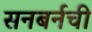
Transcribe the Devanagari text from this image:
सनबर्नची